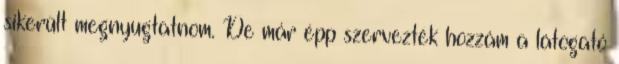
sikerült megnyugtatnom. De már épp szervezték hozzám a látogató